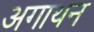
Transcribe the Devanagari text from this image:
अगाथन